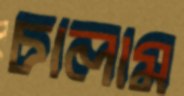
চালাম